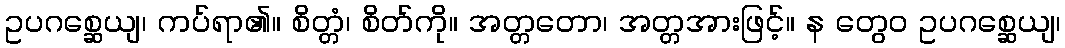
ဥပဂစ္ဆေယျ၊ ကပ်ရာ၏။ စိတ္တံ၊ စိတ်ကို။ အတ္တတော၊ အတ္တအားဖြင့်။ န တွေဝ ဥပဂစ္ဆေယျ၊